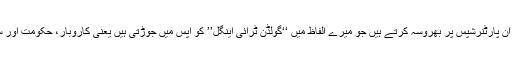
اس کی بجائے ہم ان پارٹنرشپس پر بھروسہ کرتے ہیں جو میرے الفاظ میں ‘‘گولڈن ٹرائی اینگل’’ کو آپس میں جوڑتی ہیں یعنی کاروبار، حکومت اور سول سوسائٹی کو۔